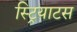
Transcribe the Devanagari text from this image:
स्ट्रियाटस